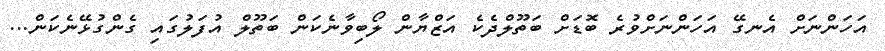
އަހަންނަށް އެނގޭ އަހަންނަށްވުރެ ބޮޑަށް ބަތޫލްދެކެ އަޒްޔާން ލޯބިވާނެކަން ބަތޫލް އުފަލުގައި ގެންގުޅޭނެކަން...